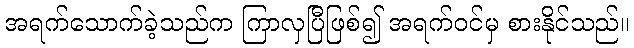
အရက်သောက်ခဲ့သည်က ကြာလှပြီဖြစ်၍ အရက်ဝင်မှ စားနိုင်သည်။